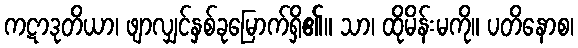
ကဋာဒုတိယာ၊ ဖျာလျှင်နှစ်ခုမြောက်ရှိ၏။ သာ၊ ထိုမိန်းမကို။ ပတိနောစ၊